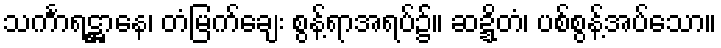
သင်္ကာရဋ္ဌာနေ၊ တံမြက်ချေး စွန့်ရာအရပ်၌။ ဆဍ္ဍိတံ၊ ပစ်စွန့်အပ်သော။